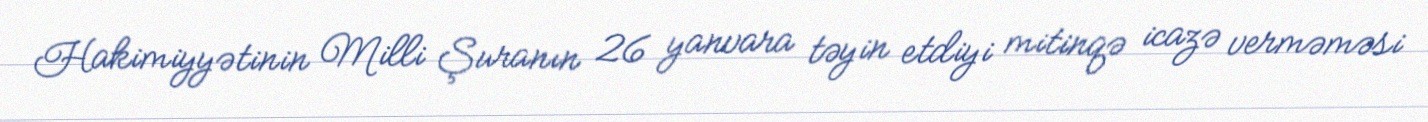
Hakimiyyətinin Milli Şuranın 26 yanvara təyin etdiyi mitinqə icazə verməməsi